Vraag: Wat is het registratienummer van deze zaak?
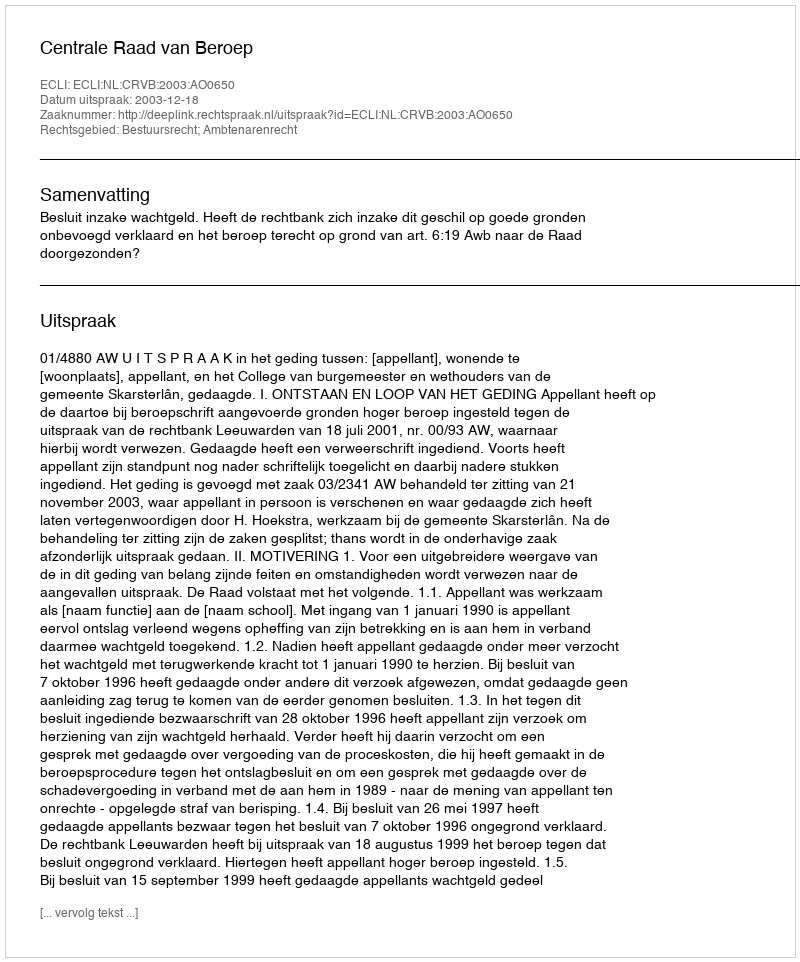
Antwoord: http://deeplink.rechtspraak.nl/uitspraak?id=ECLI:NL:CRVB:2003:AO0650